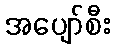
အပျော်စီး